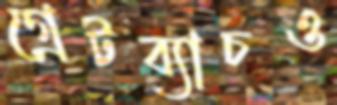
গ্রেটব্যাচও